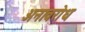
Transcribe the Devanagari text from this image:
अनावरोध